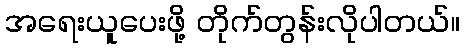
အရေးယူပေးဖို့ တိုက်တွန်းလိုပါတယ်။